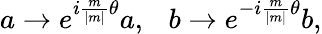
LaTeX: a\rightarrow e^{i{\frac{m}{\mid m\mid}}\theta}a,~~~b\rightarrow e^{-i{\frac{m}{\mid m\mid}}\theta}b,